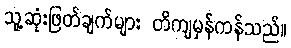
သူ့ဆုံးဖြတ်ချက်များ တိကျမှန်ကန်သည်။